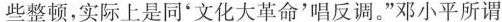
些整顿，实际上是同'文化大革命'唱反调。”邓小平所谓